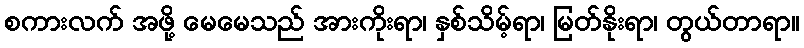
စကားလက် အဖို့ မေမေသည် အားကိုးရာ၊ နှစ်သိမ့်ရာ၊ မြတ်နိုးရာ၊ တွယ်တာရာ။